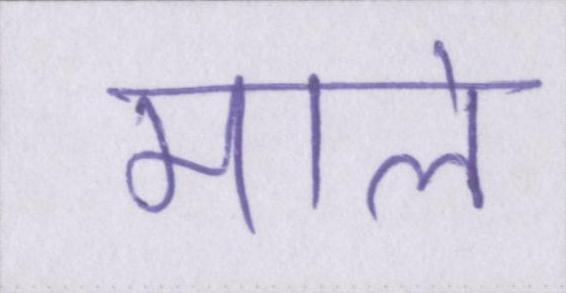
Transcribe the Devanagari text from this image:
माले